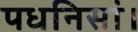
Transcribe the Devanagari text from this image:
पधनिसां।